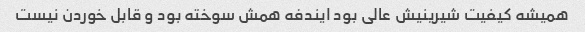
همیشه کیفیت شیرینیش عالی بود ایندفه همش سوخته بود و قابل خوردن نیست